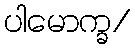
ပါမောက္ခ/